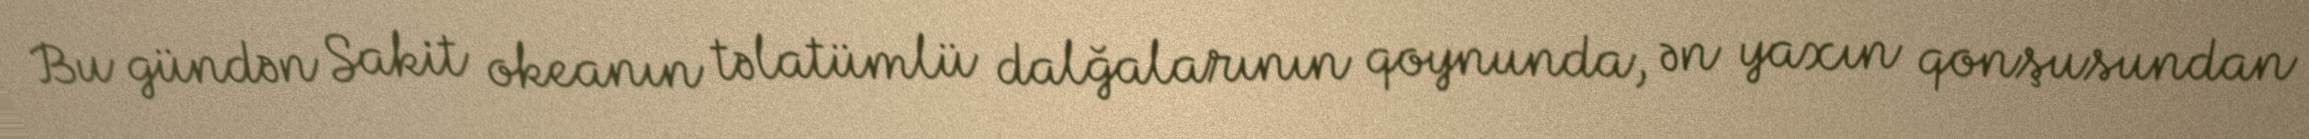
Bu gündən Sakit okeanın təlatümlü dalğalarının qoynunda, ən yaxın qonşusundan